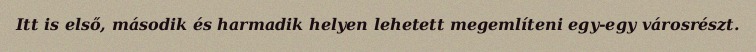
Itt is első, második és harmadik helyen lehetett megemlíteni egy-egy városrészt.